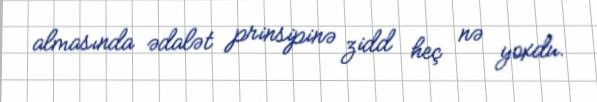
almasında ədalət prinsipinə zidd heç nə yoxdu.